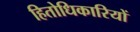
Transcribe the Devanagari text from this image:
हितोधिकारियों